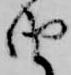
由